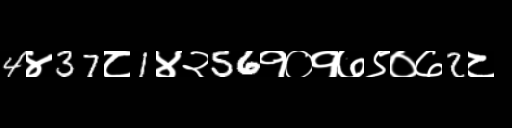
Text: 4४37८1४२56१०१७९०७2८